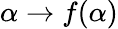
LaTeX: \alpha\rightarrow f(\alpha)